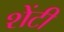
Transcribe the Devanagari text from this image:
शेंटी